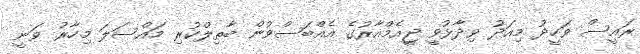
ރައީސް ވަހީދު މިއަދު ވިދާޅުވީ ޖީއެމްއާރުގެ އެއްބަސްވުން ބާތިލްކުރި މައްސަލަ މިހާރު ވަނީ